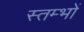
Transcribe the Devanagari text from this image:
स्‍तम्‍भों